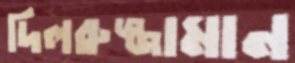
দিলরুজ্জামান